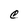
Character: C